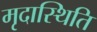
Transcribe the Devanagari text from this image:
मृदास्थिति